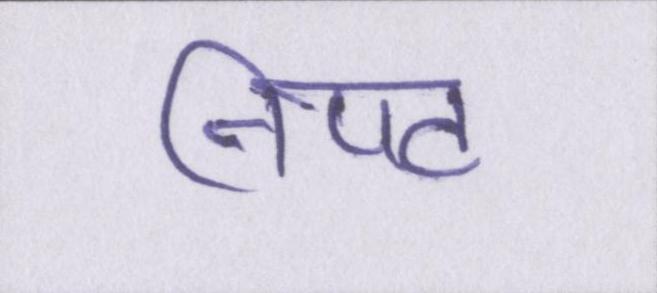
निपट